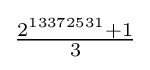
{\tfrac {2^{13372531}+1}{3}}